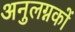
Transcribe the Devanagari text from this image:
अनुलग्नकों